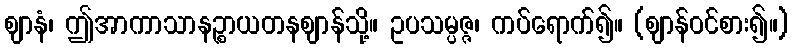
ဈာနံ၊ ဤအာကာသာနဉ္စာယတနဈာန်သို့။ ဥပသမ္ပဇ္ဇ၊ ကပ်ရောက်၍။ (ဈာန်ဝင်စား၍။)